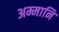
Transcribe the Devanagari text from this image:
अम्मानि